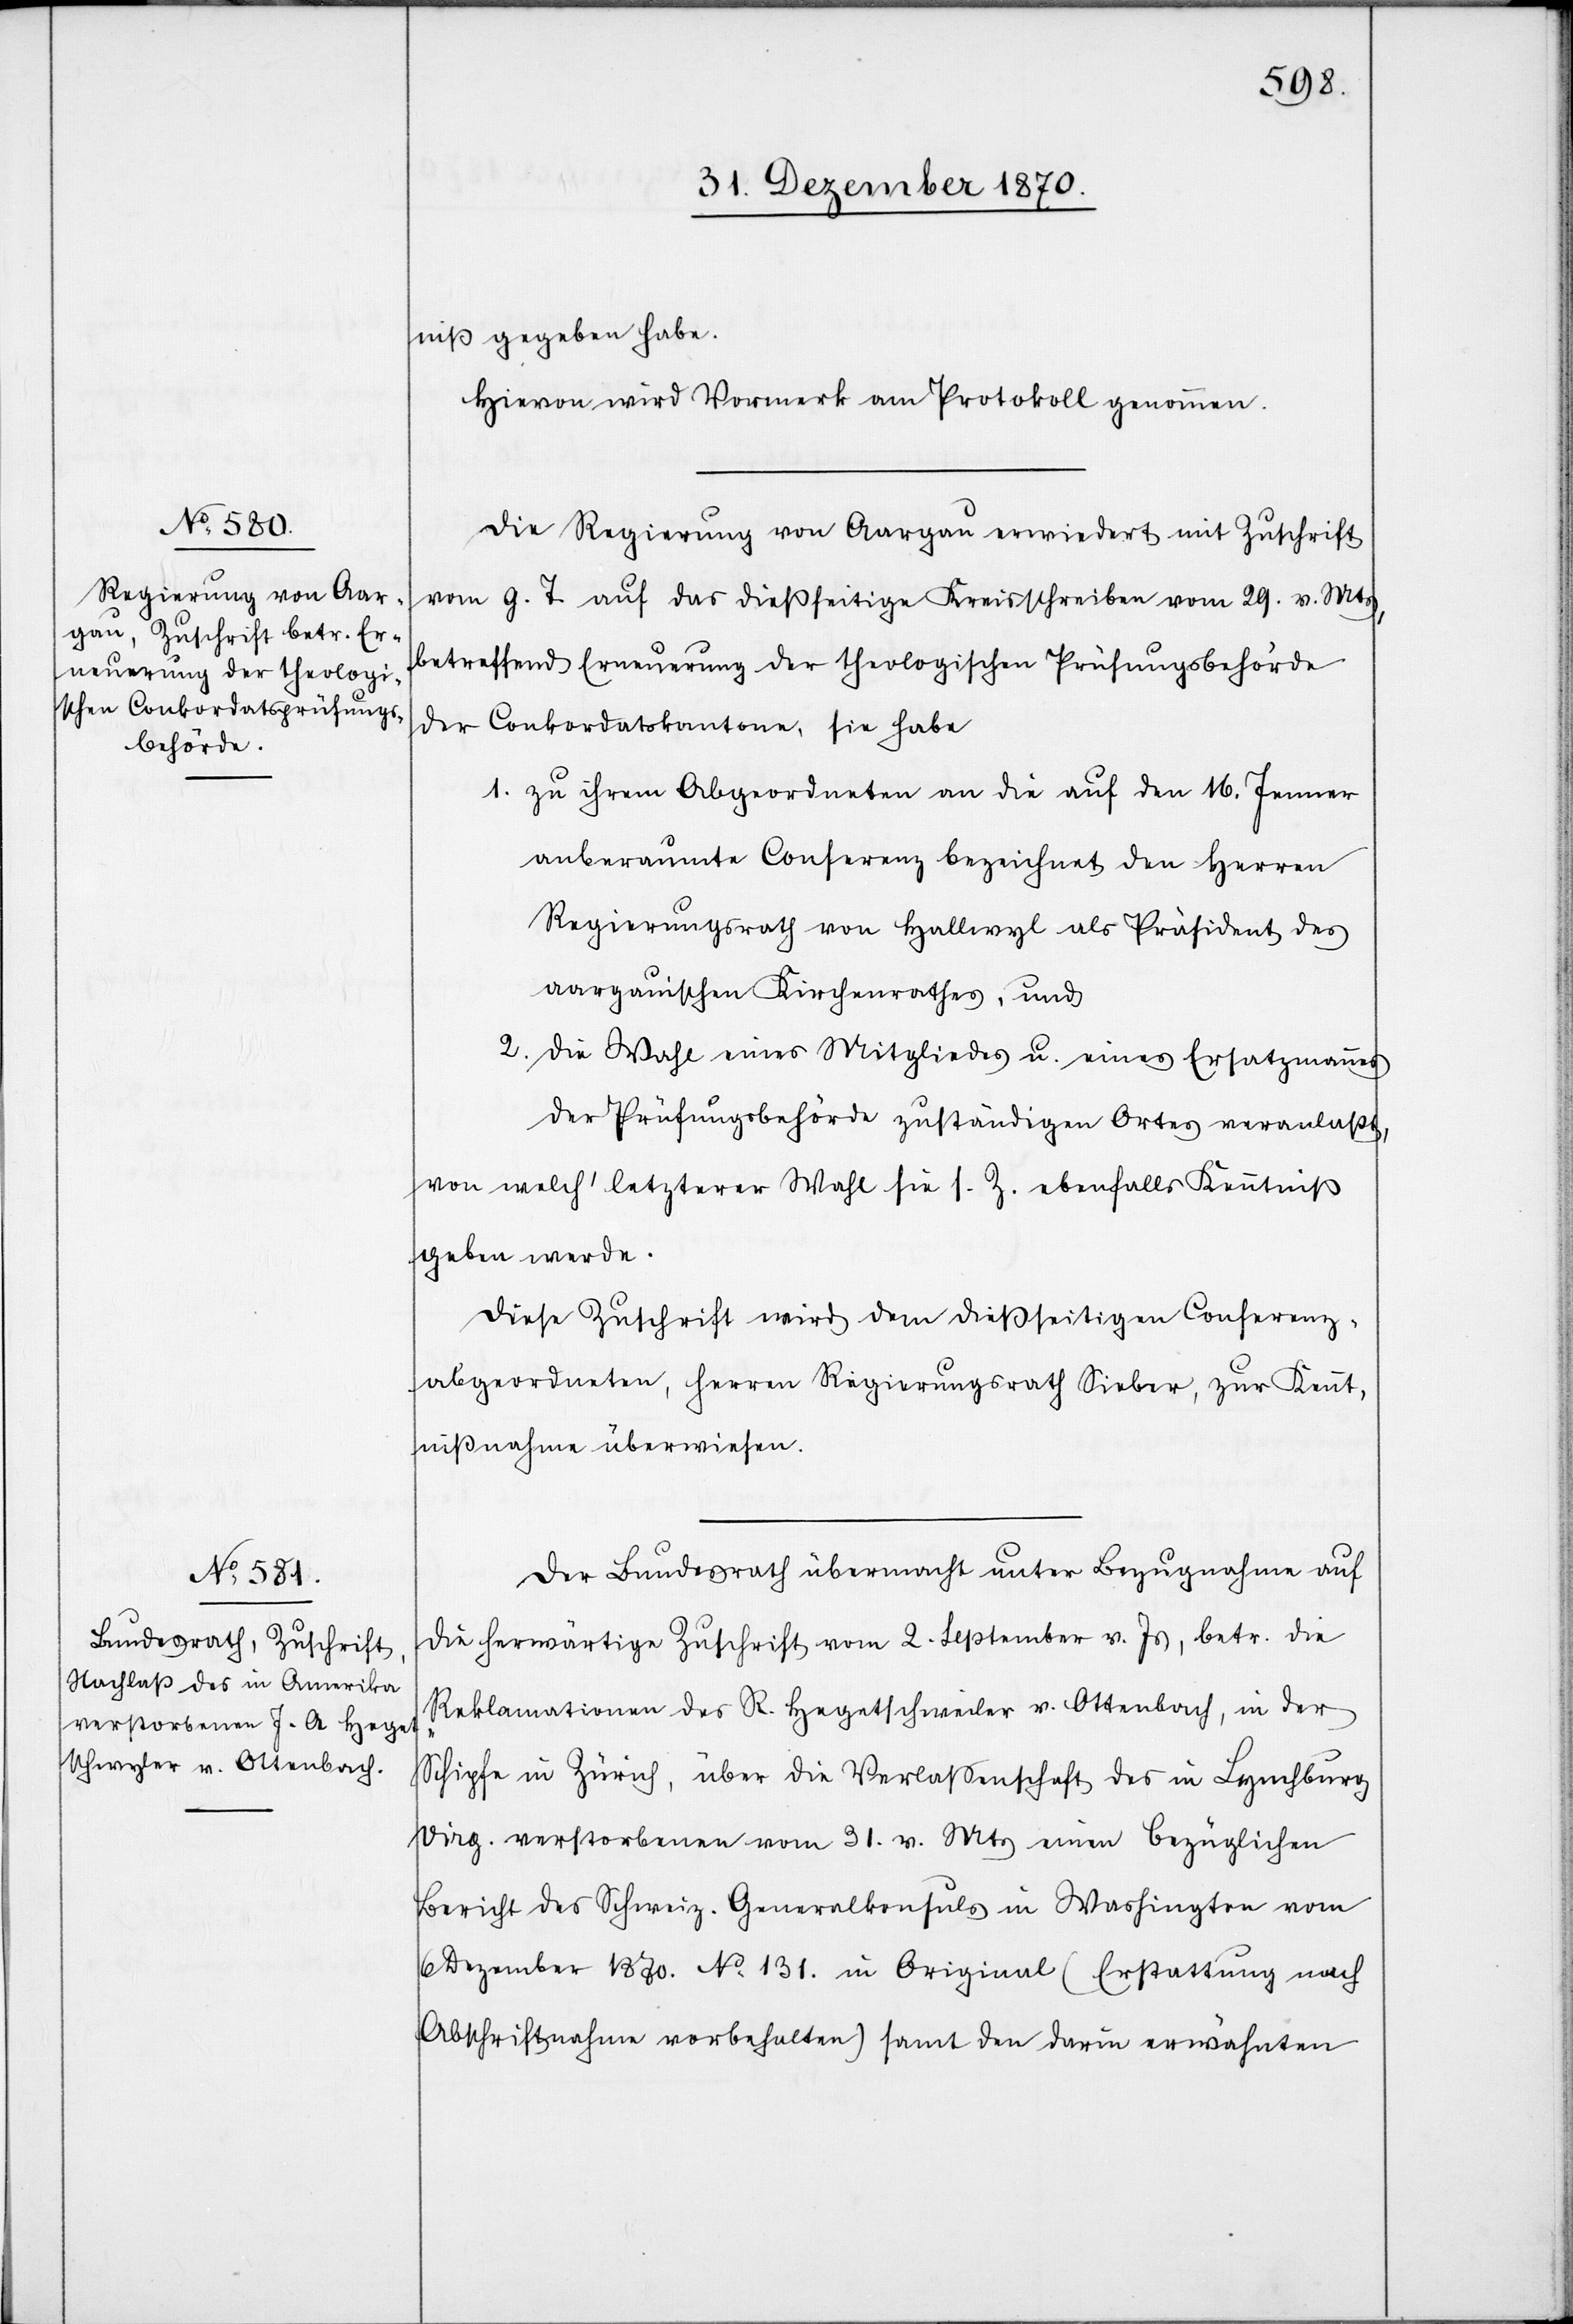
niß gegeben habe.
Hievon wird Vormerk am Protokoll genommen.
Die Regierung von Aargau erwiedert mit Zuschrift
vom g. T. auf das dießseitige Kreisschreiben vom 29. v. Mts,
betreffend Erneuerung der theologischen Prüfungsbehörde
der Conkordatskantone, sie habe
1. zu ihrem Abgeordneten an die auf den 16. Jenner
anberaumte Conferenz bezeichnet den Herren
Regierungsrath von Hallwyl als Präsident des
aargauischen Kirchenrathes, und
2. die Wahl eines Mitgliedes u. eines Ersatzmanns
der Prüfungsbehörde zuständigen Ortes veranlaßt,
von welch’ letzterer Wahl sie s. Z. ebenfalls Kenntniß
geben werde.
Diese Zuschrift wird den dießseitigen Conferenz¬
abgeordneten, Herren Regierungsrath Sieber, zur Kennt¬
nißnahme überwiesen.
Der Bundesrath übermacht unter Bezugnahme auf
die herwärtige Zuschrift vom 2. September v. Js, betr. die
Reklamationen des R. Hegetschweiler [sic!] v. Ottenbach, in der
Schipfe in Zürich, über die Verlaßenschaft des in Lynchburg
Virg. verstorbenen vom 31. v. Mts einen bezüglichen
Bericht des schweiz. Generalkonsuls in Washington vom
6 Dezember 1870. No 131. in Original (Erstattung nach
Abschriftnahme vorbehalten) samt den darin erwähnten